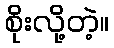
စိုးလို့တဲ့။